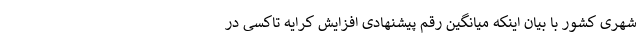
شهری کشور با بیان اینکه میانگین رقم پیشنهادی افزایش کرایه تاکسی در